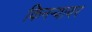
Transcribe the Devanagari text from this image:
किनऱ्यावर